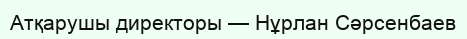
Атқарушы директоры — Нұрлан Сәрсенбаев